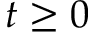
t \ge 0